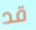
قد